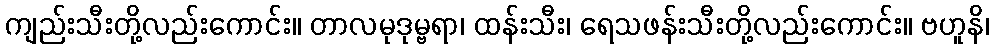
ကျည်းသီးတို့လည်းကောင်း။ တာလမုဒုမ္ဗရာ၊ ထန်းသီး၊ ရေသဖန်းသီးတို့လည်းကောင်း။ ဗဟူနိ၊